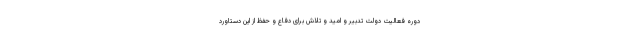
دوره فعالیت دولت تدبیر و امید و تلاش برای دفاع و حفظ از این دستاورد